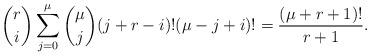
LaTeX: \begin{align*} {r\choose i}\sum^\mu_{j=0}{\mu\choose j}(j+r-i)!(\mu-j+i)!=\frac{(\mu+r+1)!}{r+1}. \end{align*}